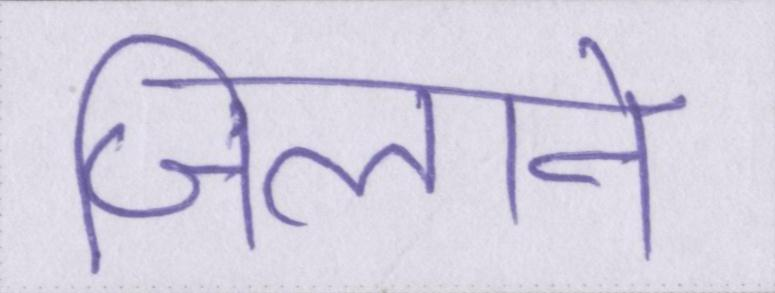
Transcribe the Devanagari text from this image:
जिलाने